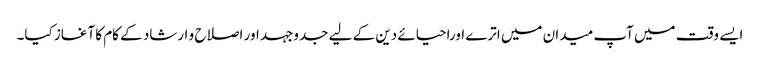
ایسے وقت میں آپ میدان میں اترے اوراحیائے دین کے لیے جدوجہد اور اصلاح و ارشاد کے کام کا آغاز کیا۔